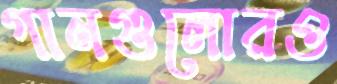
গানগুলোরও